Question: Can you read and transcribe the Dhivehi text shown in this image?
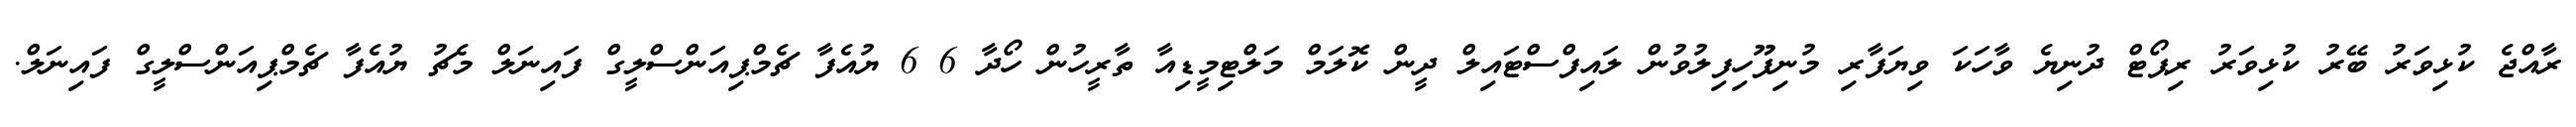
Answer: ރާއްޖެ ކުޅިވަރު ބޭރު ކުޅިވަރު ރިޕޯޓް ދުނިޔެ ވާހަކަ ވިޔަފާރި މުނިފޫހިފިލުވުން ލައިފްސްޓައިލް ދީން ކޮލަމް މަލްޓިމީޑިއާ ތާރީހުން ހޯދާ 6 6 ޔުއެފާ ޗެމްޕިއަންސްލީގް ފައިނަލް މެޗު ޔުއެފާ ޗެމްޕިއަންސްލީގް ފައިނަލް.